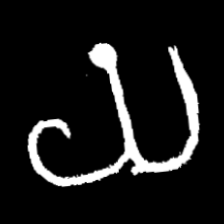
Pyu character \u2014 Myanmar letter: ယ (romanized: ya)